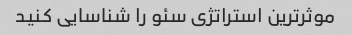
موثرترین استراتژی سئو را شناسایی کنید